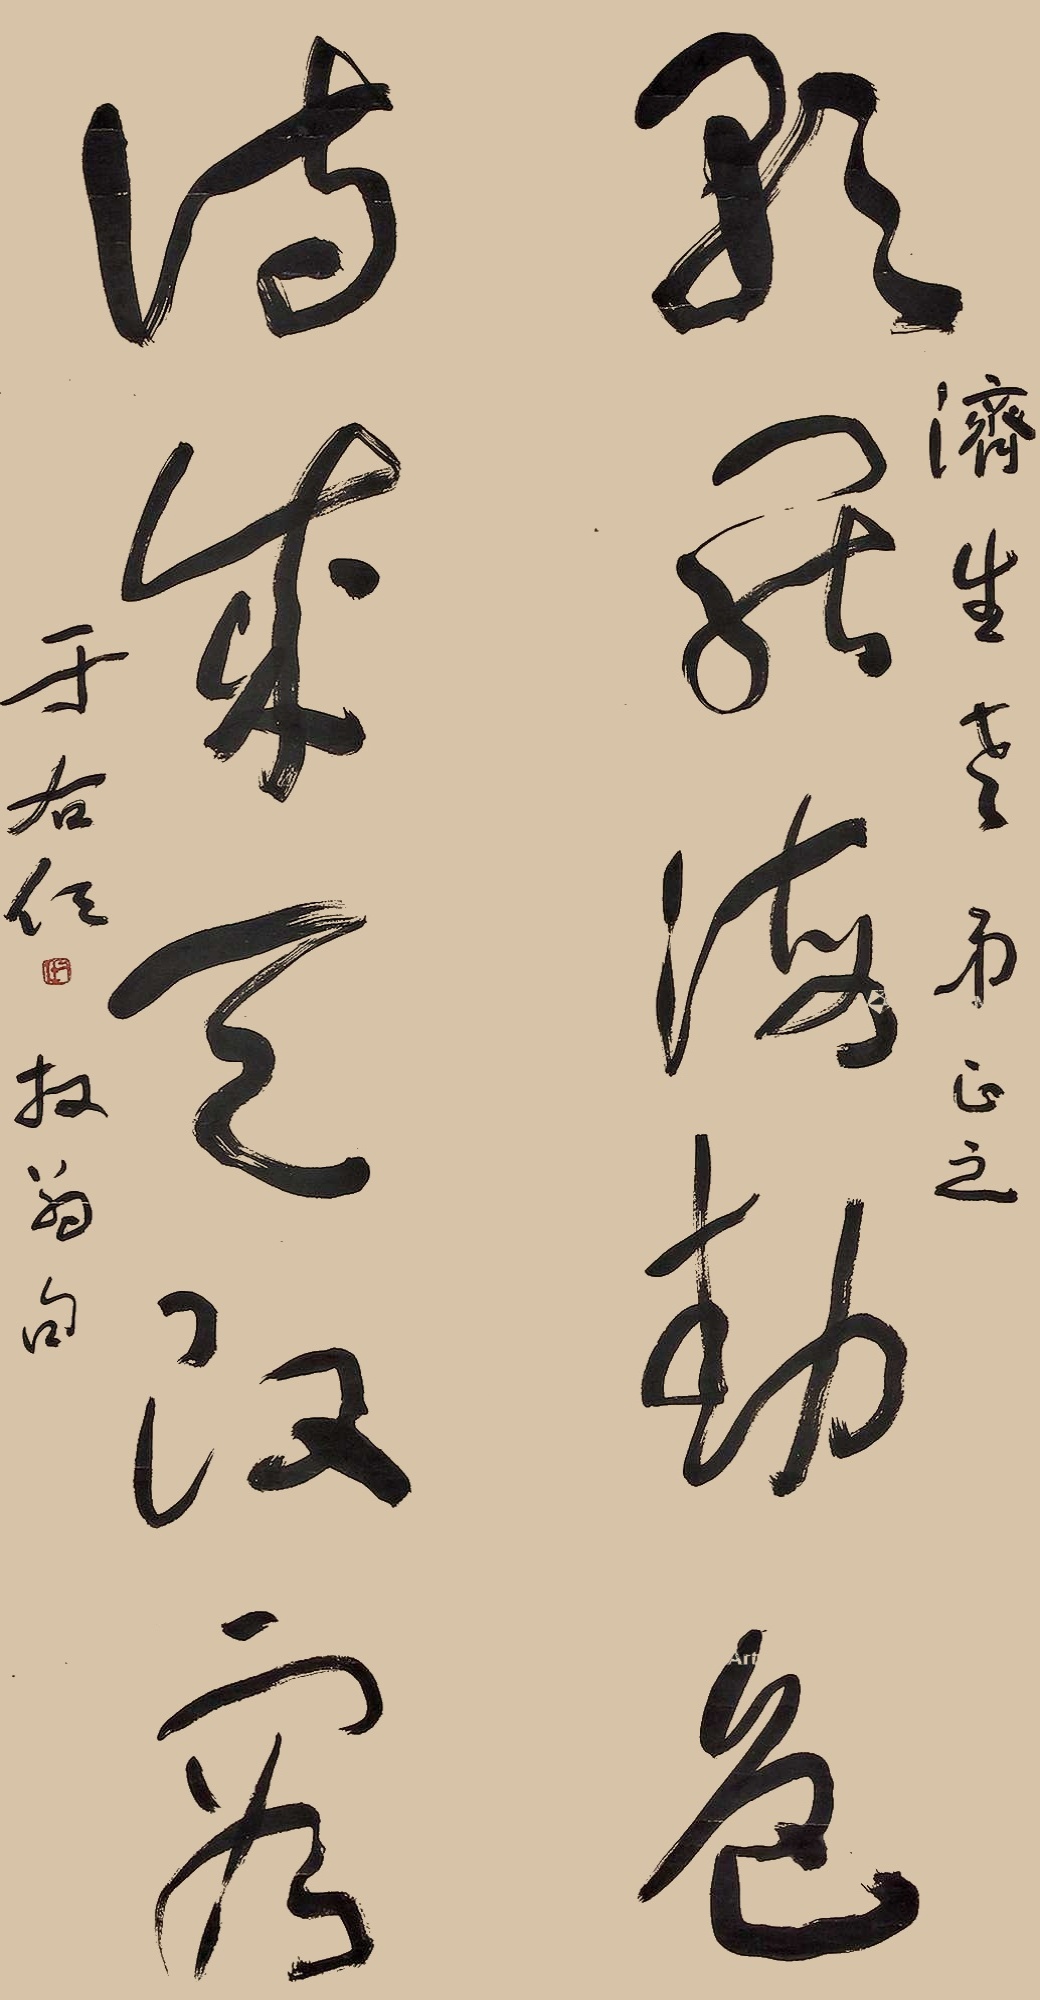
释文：歌罢海动色，诗成天改容。济生老弟正之，于右任，放翁句。